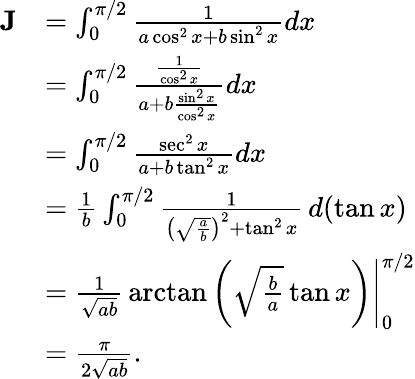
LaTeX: {\begin{array}{rl}{\mathbf{J}}&{=\int_{0}^{\pi/2}{\frac{1}{a\cos^{2}x+b\sin^{2}x}}dx}\\ &{=\int_{0}^{\pi/2}{\frac{\frac{1}{\cos^{2}x}}{a+b{\frac{\sin^{2}x}{\cos^{2}x}}}}dx}\\ &{=\int_{0}^{\pi/2}{\frac{\sec^{2}x}{a+b\tan^{2}x}}dx}\\ &{={\frac{1}{b}}\int_{0}^{\pi/2}{\frac{1}{\left({\sqrt{\frac{a}{b}}}\right)^{2}+\tan^{2}x}}\, d(\tan x)}\\ &{=\left.{\frac{1}{\sqrt{ab}}}\arctan\left({\sqrt{\frac{b}{a}}}\tan x\right)\right|_{0}^{\pi/2}}\\ &{={\frac{\pi}{2{\sqrt{ab}}}}.}\end{array}}